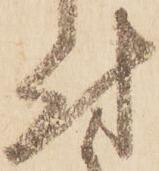
付